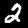
Digit: 2